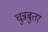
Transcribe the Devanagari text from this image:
चुन्नबुतर